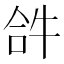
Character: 𤙖